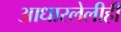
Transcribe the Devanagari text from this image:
आधारलेलीही